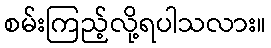
စမ်းကြည့်လို့ရပါသလား။